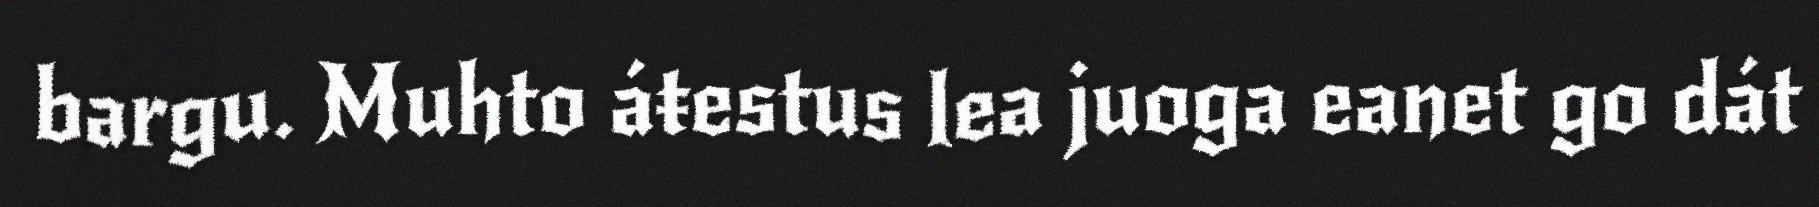
bargu. Muhto áŧestus lea juoga eanet go dát